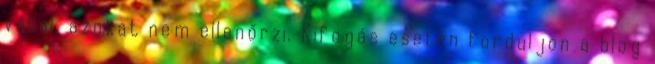
vállal, azokat nem ellenőrzi. Kifogás esetén forduljon a blog